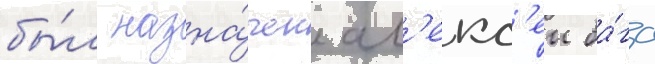
бы́л назна́чен ал'екс'еи ба́га